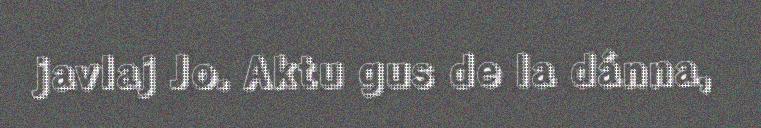
javlaj Jo. Aktu gus de la dánna,